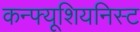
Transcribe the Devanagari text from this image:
कन्फ्यूशियनिस्ट